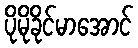
ပိုမိုခိုင်မာအောင်